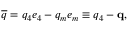
\overline { { { q } } } = q _ { 4 } e _ { 4 } - q _ { m } e _ { m } \equiv q _ { 4 } - \mathbf { q } ,